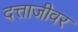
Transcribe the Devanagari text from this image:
दत्ताजीवर